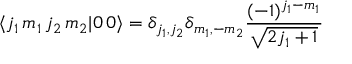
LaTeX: \langle j _ { 1 } \, m _ { 1 } \, j _ { 2 } \, m _ { 2 } | 0 \, 0 \rangle = \delta _ { j _ { 1 } , j _ { 2 } } \delta _ { m _ { 1 } , - m _ { 2 } } { \frac { ( - 1 ) ^ { j _ { 1 } - m _ { 1 } } } { \sqrt { 2 j _ { 1 } + 1 } } }